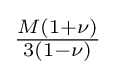
{\tfrac {M(1+\nu )}{3(1-\nu )}}